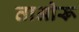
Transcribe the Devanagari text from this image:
ताओरू